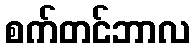
စက်တင်ဘာလ